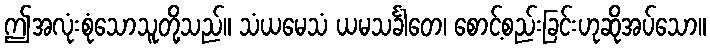
ဤအလုံးစုံသောသူတို့သည်။ သံယမေသံ ယမသင်္ခါတေ၊ စောင့်စည်းခြင်းဟုဆိုအပ်သော။